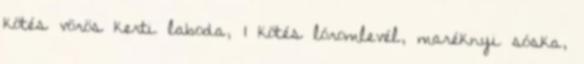
kötés vörös kerti laboda, 1 kötés lóromlevél, maréknyi sóska,